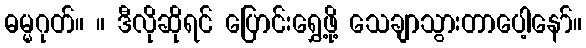
ဓမ္မဂုတ်။ ။ ဒီလိုဆိုရင် ပြောင်းရွှေ့ဖို့ သေချာသွားတာပေါ့နော်။